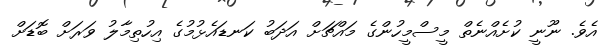
އެވެ. ނޫނީ ކުށެއްނެތް މީސްމީހުންގެ މައްޗަށް އަދަބު ކަނޑައެޅުމުގެ އިހުތިމާލު ވަރަށް ބޮޑަށް